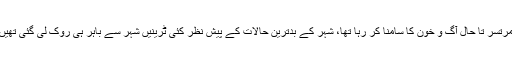
امرتسر تا حال آگ و خون کا سامنا کر رہا تھا، شہر کے بدترین حالات کے پیش نظر کئی ٹرینیں شہر سے باہر ہی روک لی گئی تھیں۔